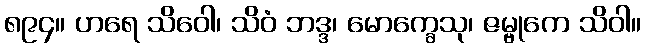
၈၉၄။ ဟရေ သိဝေါ၊ သိဝံ ဘဒ္ဒ၊ မောက္ခေသု၊ ဇမ္ဗုကေ သိဝါ။